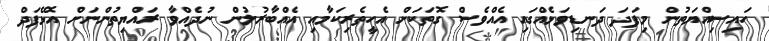
ހައިސިއްޔަތުން މިފަދަ ދަނޑިވަޅެއްގައި އެއްވެސް ގޮތަކަށް އެހީތެރިކަމާއި އެއްބާރުލުން ނުދެއްވާ ރައްޔިތުންނަށް އޮޅޭފަދް